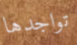
تواجدها